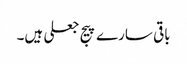
باقی سارے پیج جعلی ہیں۔